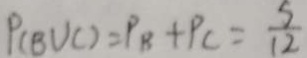
P ( B V C ) = P _ { B } + P _ { c } = \frac { 5 } { 1 2 }